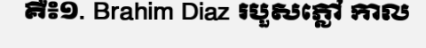
គឺ៖១. Brahim Diaz របួសភ្លៅ កាល